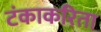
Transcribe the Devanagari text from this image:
टंकाकरिता